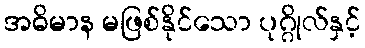
အဓိမာန မဖြစ်နိုင်သော ပုဂ္ဂိုလ်နှင့်